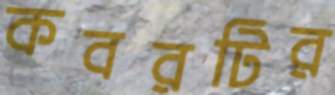
কবরটির